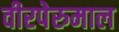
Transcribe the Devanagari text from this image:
वीरपेरुमाल